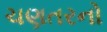
ચણતરનો